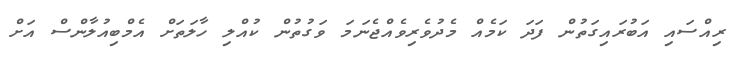
ރިއްސައި އަބުރައިގަތުން ފަދަ ކަމެއް މެދުވެރިވެއްޖެނަމަ ވަގުތުން ކުއްލި ހާލަތަށް އެމްބިއުލާންސް އަށް